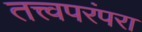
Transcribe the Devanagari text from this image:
तत्त्वपरंपरा